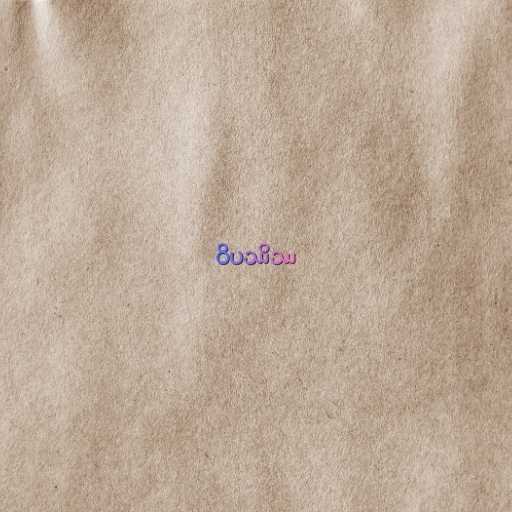
ဝိပဿိဿ